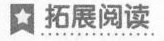
拓展阅读